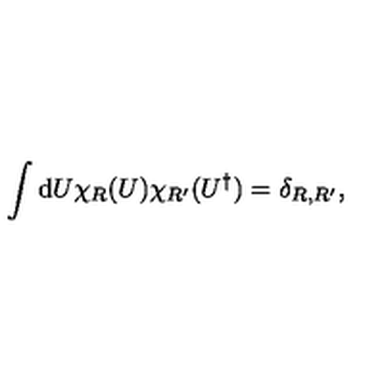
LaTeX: \int \mathrm { d } U \chi _ { R } ( U ) \chi _ { R ^ { \prime } } ( U ^ { \dagger } ) = \delta _ { R , R ^ { \prime } } ,